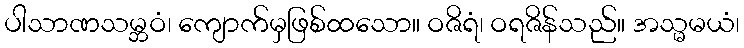
ပါသာဏသမ္ဘဝံ၊ ကျောက်မှဖြစ်ထသော။ ဝဇိရံ၊ ဝရဇိန်သည်။ အသ္မမယံ၊